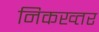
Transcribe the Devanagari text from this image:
निकख्तर